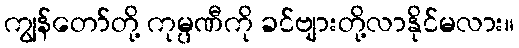
ကျွန်တော်တို့ ကုမ္ပဏီကို ခင်ဗျားတို့လာနိုင်မလား။